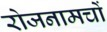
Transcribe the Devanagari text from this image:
रोजनामचों